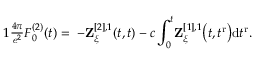
\begin{array} { r } { { 1 } \frac { 4 \pi } { \mathit { e } ^ { 2 } } \boldsymbol { { F } } _ { 0 } ^ { ( 2 ) } ( t ) = \; - { \mathbf { Z } } _ { \boldsymbol { \xi } } ^ { [ 2 ] , 1 } ( t , t ) - c \displaystyle \int _ { 0 } ^ { t } \! { \mathbf { Z } } _ { \boldsymbol { \xi } } ^ { [ 1 ] , 1 } \big ( t , t ^ { \mathrm { \tiny { r } } } \big ) \mathrm { d } { t ^ { \mathrm { \tiny { r } } } } . } \end{array}